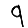
Digit: 9